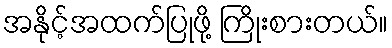
အနိုင့်အထက်ပြုဖို့ ကြိုးစားတယ်။